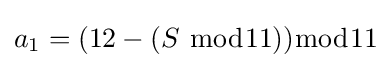
a_{1}=(12-(S\ {\bmod {1}}1)){\bmod {1}}1